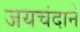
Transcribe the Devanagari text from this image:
जयचंदाने